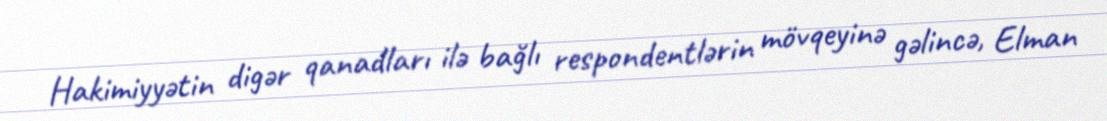
Hakimiyyətin digər qanadları ilə bağlı respondentlərin mövqeyinə gəlincə, Elman